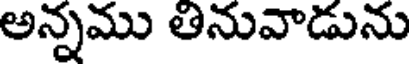
అన్నము తినువాడును